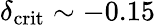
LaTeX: \delta_{\mathrm{crit}}\sim-0.15